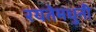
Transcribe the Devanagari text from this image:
रयतेमधुनी